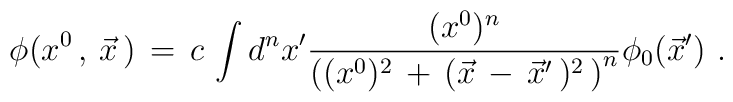
\phi ( x^0\,,\,\vec{x}\,)\,=\,c\,\int d^n x^{\prime} { (x^0)^n \over \left( (x^0)^2 \,+\,(\vec x \,-\,{\vec x}^\prime \,)^2\,\right)^n} \phi_ 0 ({\vec x}^\prime )\,\,.